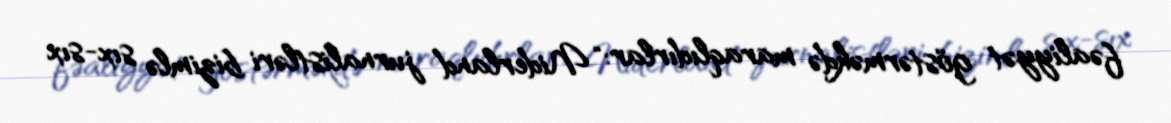
fəaliyyət göstərməkdə maraqlıdırlar: “Niderland jurnalistləri bizimlə sıx-sıx